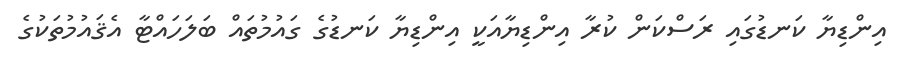
އިންޑިޔާ ކަނޑުގައި ރަސްކަން ކުރާ އިންޑިޔާއަކީ އިންޑިޔާ ކަނޑުގެ ގައުމުތައް ބަލަހައްޓާ އެޤައުމުތަކުގެ